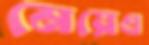
মেয়েএ